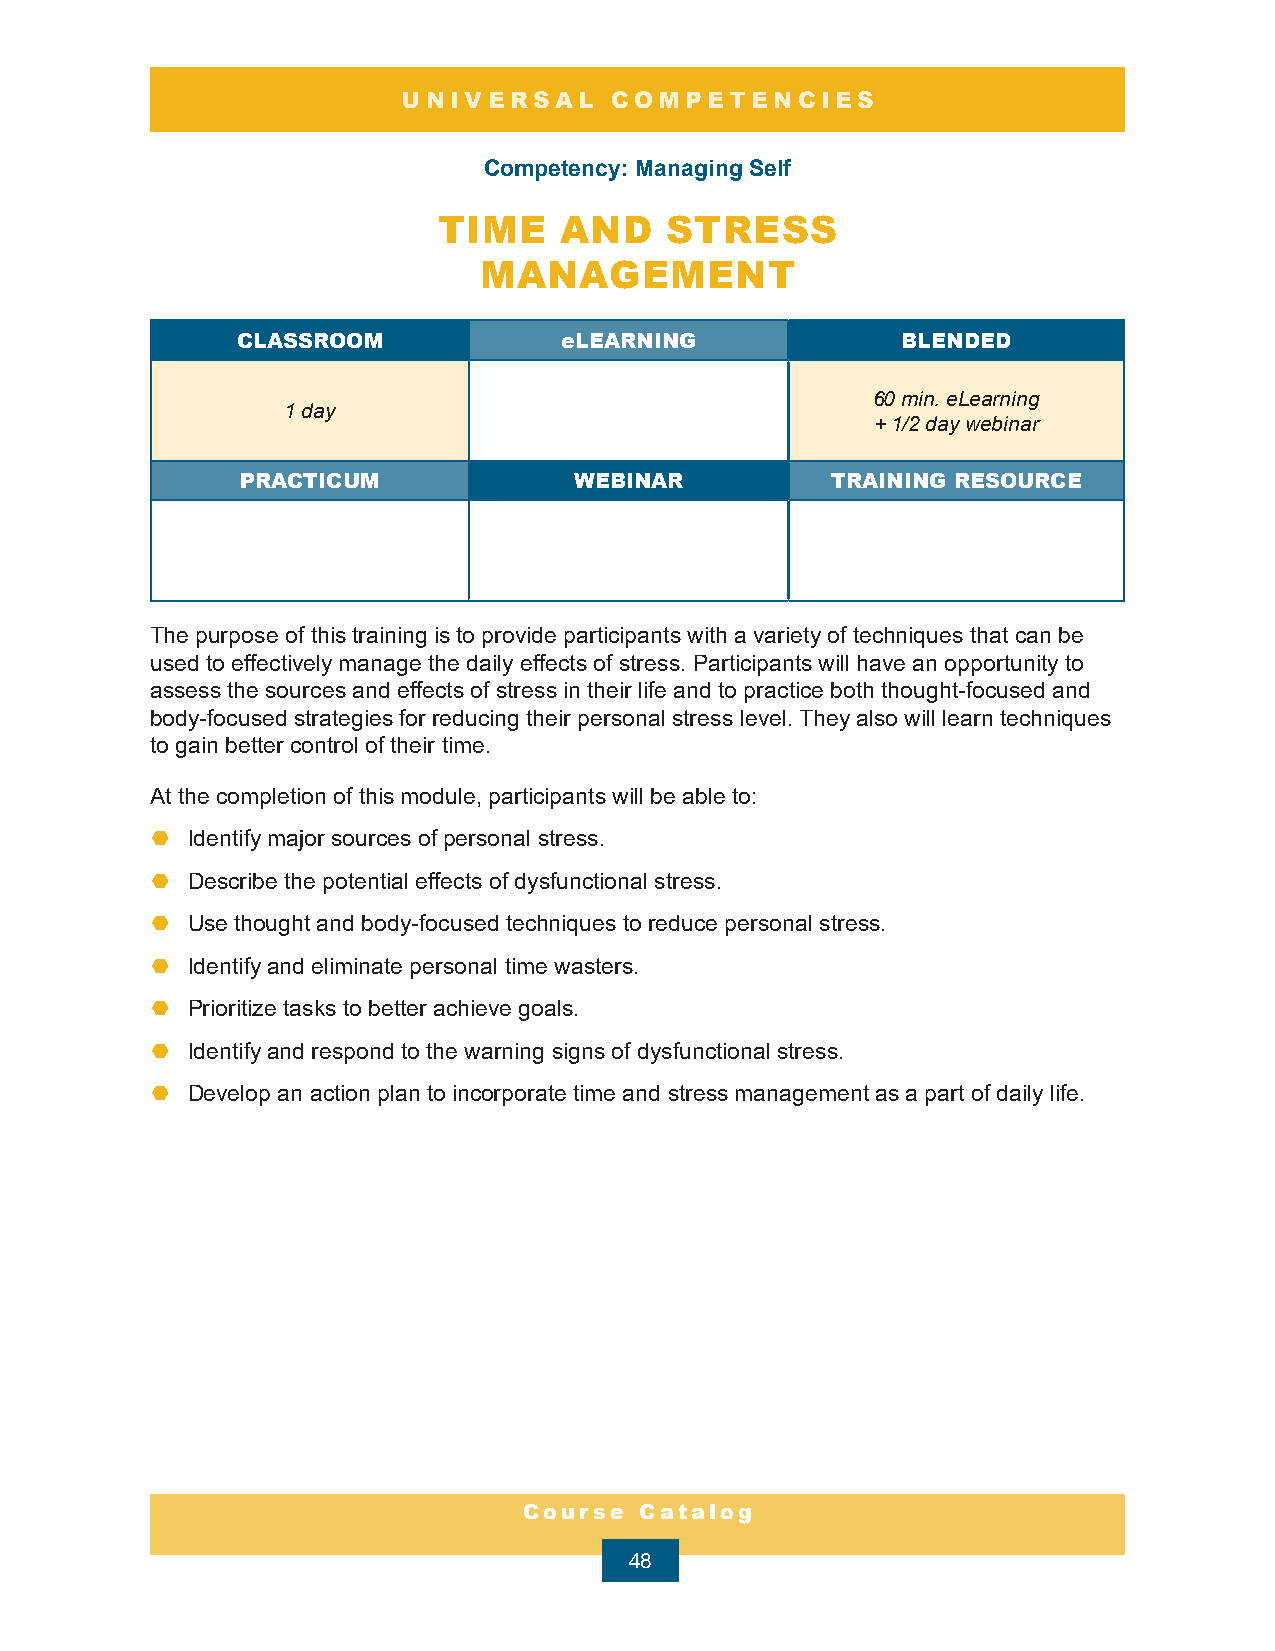
UNIVERSAL    COMPETENCIES
 Competency: Managing Self
 TIME    AND    STRESS
 MANAGEMENT
 CLASSROOM            eLEARNING              BLENDED
 60 min. eLearning
 1 day
 + 1/2 day webinar
 PRACTICUM             WEBINAR          TRAINING RESOURCE
 The purpose of this training is to provide participants with a variety of techniques that can be
 used to effectively manage the daily effects of stress. Participants will have an opportunity to
 assess the sources and effects of stress in their life and to practice both thought-focused and
 body-focused strategies for reducing their personal stress level. They also will learn techniques
 to gain better control of their time.
 At the completion of this module, participants will be able to:
 ¤ Identify major sources of personal stress.
 ¤ Describe the potential effects of dysfunctional stress.
 ¤ Use thought and body-focused techniques to reduce personal stress.
 ¤ Identify and eliminate personal time wasters.
 ¤ Prioritize tasks to better achieve goals.
 ¤ Identify and respond to the warning signs of dysfunctional stress.
 ¤ Develop an action plan to incorporate time and stress management as a part of daily life.
 Course Catalog
 48